Newspaper: The Redwood gazette. [volume]
Place of publication: Redwood Falls, Minn.
Publisher: Herriot & Beal
Date: 1880-03-25 00:00:00
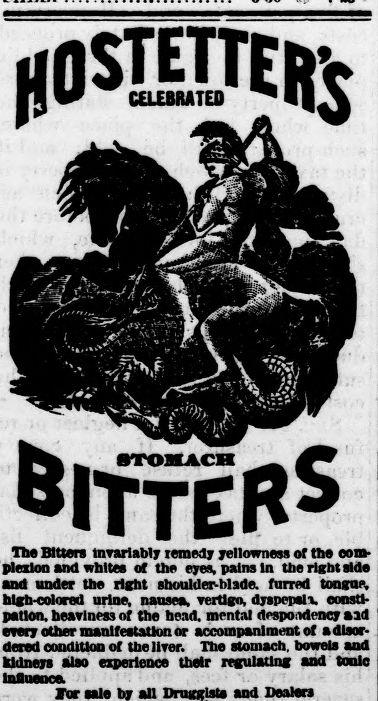
Advertisement text (OCR):
•jOSTJJJElfc STOMACH BitteRs The Bitten invariably remedy yellowness of the com plexion and whites ot tho eyes, pains In tlie right side and under the right shoulder-blade, furred tongue, hlffb-colored urine, nausea, vertigo, dyspepsli consti pation, heaviness of the head, mental despondency aid every other manifestation or accompaniment of •disor dered condiUoD of the liver. The stomach, bowels and kidneys also experience their regulaUng and tonic Inflimifo
Label: illustrations